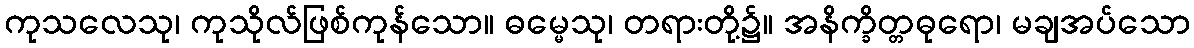
ကုသလေသု၊ ကုသိုလ်ဖြစ်ကုန်သော။ ဓမ္မေသု၊ တရားတို့၌။ အနိက္ခိတ္တဓုရော၊ မချအပ်သော